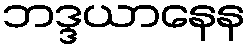
ဘဒ္ဒယာနေန